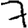
Digit: 7